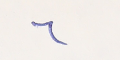
٦